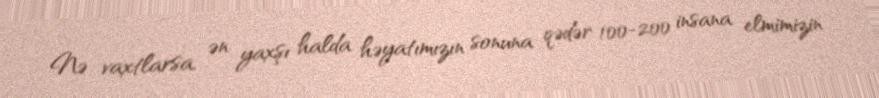
Nə vaxtlarsa, ən yaxşı halda həyatımızın sonuna qədər 100-200 insana elmimizin